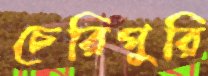
চেরিপুরি